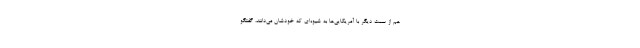
هم از سمت دیگر با آمریکایی‌ها به شیوه‌ای که خودشان می‌دانند، گفتگو